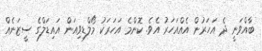
ބާއްވަނީ ދެ އަހަރުން އެއްއަހަރު އެވެ. ކޮންމެ އަހަރަކު މޯލްޑިވިއަން އައިޑަލްގެ ސީޒަނެއް